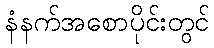
နံနက်အစောပိုင်းတွင်